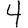
Digit: 4